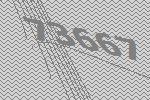
73667